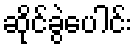
ဆိုင်ခွဲပေါင်း